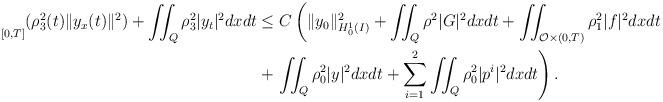
LaTeX: \begin{align*}\underset{[0,T]}{} (\rho_3^2(t) \|y_x(t)\|^2) + \iint_Q \rho_3^2 |y_t|^2 dxdt &\leq C \left(\|y_0\|_{H_0^1(I)}^2 + \iint_Q \rho^2 |G|^2 dxdt + \iint_{\mathcal{O} \times (0,T)} \rho_1^2 |f|^2 dxdt \right. \\&+ \left. \iint_Q \rho_0^2 |y|^2 dxdt + \sum_{i=1}^2 \iint_Q \rho_0^2 |p^i|^2 dxdt \right).\end{align*}